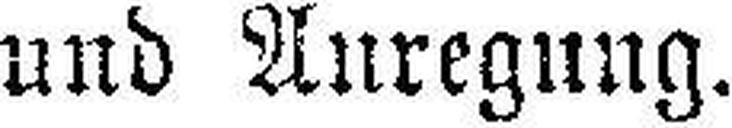
und Auregung.